Indian journal of veterinary science and animal husbandry - Volume 6,
Year: 1936
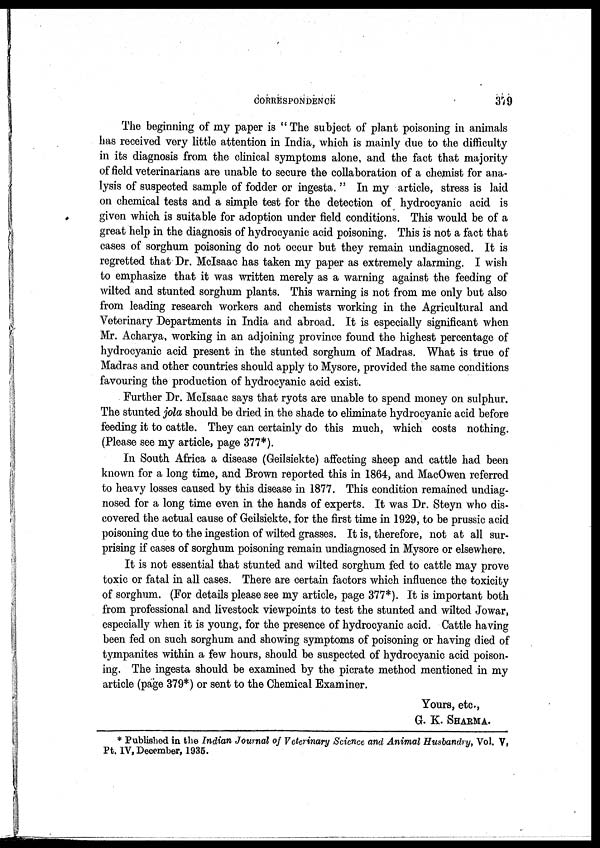
CORRESPONDENCE
379
The beginning of my paper is " The subject of plant poisoning in animals
has received very little attention in India, which is mainly due to the difficulty
in its diagnosis from the clinical symptoms alone, and the fact that majority
of field veterinarians are unable to secure the collaboration of a chemist for ana-
lysis of suspected sample of fodder or ingesta. " In my article, stress is laid
on chemical tests and a simple test for the detection of hydrocyanic acid is
given which is suitable for adoption under field conditions. This would be of a
great help in the diagnosis of hydrocyanic acid poisoning. This is not a fact that
cases of sorghum poisoning do not occur but they remain undiagnosed. It is
regretted that Dr. McIsaac has taken my paper as extremely alarming. I wish
to emphasize that it was written merely as a warning against the feeding of
wilted and stunted sorghum plants. This warning is not from me only but also
from leading research workers and chemists working in the Agricultural and
Veterinary Departments in India and abroad. It is especially significant when
Mr. Acharya, working in an adjoining province found the highest percentage of
hydrocyanic acid present in the stunted sorghum of Madras. What is true of
Madras and other countries should apply to Mysore, provided the same conditions
favouring the production of hydrocyanic acid exist.
Further Dr. McIsaac says that ryots are unable to spend money on sulphur.
The stunted jola should be dried in the shade to eliminate hydrocyanic acid before
feeding it to cattle. They can certainly do this much, which costs nothing.
(Please see my article, page 377*).
In South Africa a disease (Geilsiekte) affecting sheep and cattle had been
known for a long time, and Brown reported this in 1864, and MacOwen referred
to heavy losses caused by this disease in 1877. This condition remained undiag-
nosed for a long time even in the hands of experts. It was Dr. Steyn who dis-
covered the actual cause of Geilsiekte, for the first time in 1929, to be prussic acid
poisoning due to the ingestion of wilted grasses. It is, therefore, not at all sur-
prising if cases of sorghum poisoning remain undiagnosed in Mysore or elsewhere.
It is not essential that stunted and wilted sorghum fed to cattle may prove
toxic or fatal in all cases. There are certain factors which influence the toxicity
of sorghum. (For details please see my article, page 377*). It is important both
from professional and livestock viewpoints to test the stunted and wilted Jowar,
especially when it is young, for the presence of hydrocyanic acid. Cattle having
been fed on such sorghum and showing symptoms of poisoning or having died of
tympanites within a few hours, should be suspected of hydrocyanic acid poison-
ing. The ingesta should be examined by the picrate method mentioned in my
article (page 379*) or sent to the Chemical Examiner.
Yours, etc.,
G. K. SHARMA.
* Published in the Indian Journal of Veterinary Science and Animal Husbandry, Vol. V,
Pt. IV, December, 1935.